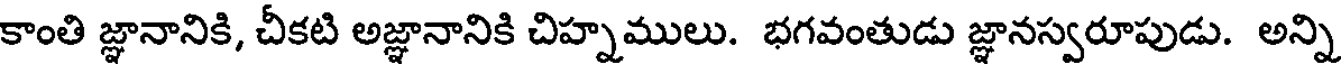
కాంతి జ్ఞానానికి, చీకటి అజ్ఞానానికి చిహ్నములు. భగవంతుడు జ్ఞానస్వరూపుడు. అన్ని